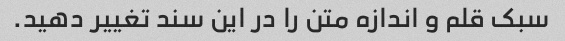
سبک قلم و اندازه متن را در این سند تغییر دهید.